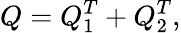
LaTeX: Q=Q_{1}^{T}+Q_{2}^{T},